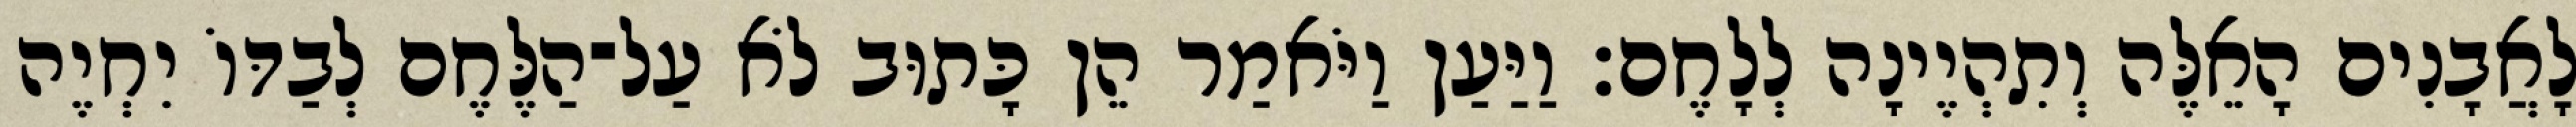
לָאֲבָנִים הָאֵלֶּה וְתִהְיֶינָה לְלָחֶם׃ וַיַּעַן וַיֹּאמַר הֵן כָּתוּב לֹא עַל־הַלֶּחֶם לְבַדּוֹ יִחְיֶה